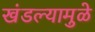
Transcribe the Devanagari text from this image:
खंडल्यामुळे